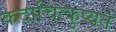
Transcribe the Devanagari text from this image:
कदाचित्कुप्यते